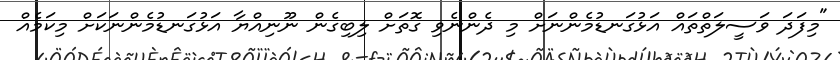
"މިފަދަ ވަސީލަތްތައް އަޅުގަނޑުމެންނަށް މި ދެންނެވި ގޮތަށް ލިބިގެން ނޫނިއްޔާ އަޅުގަނޑުމެންނަކަށް މިކަމެއް